Vaccine operations Central Provinces 1900-1911 - 1900-1911
Year: 1900
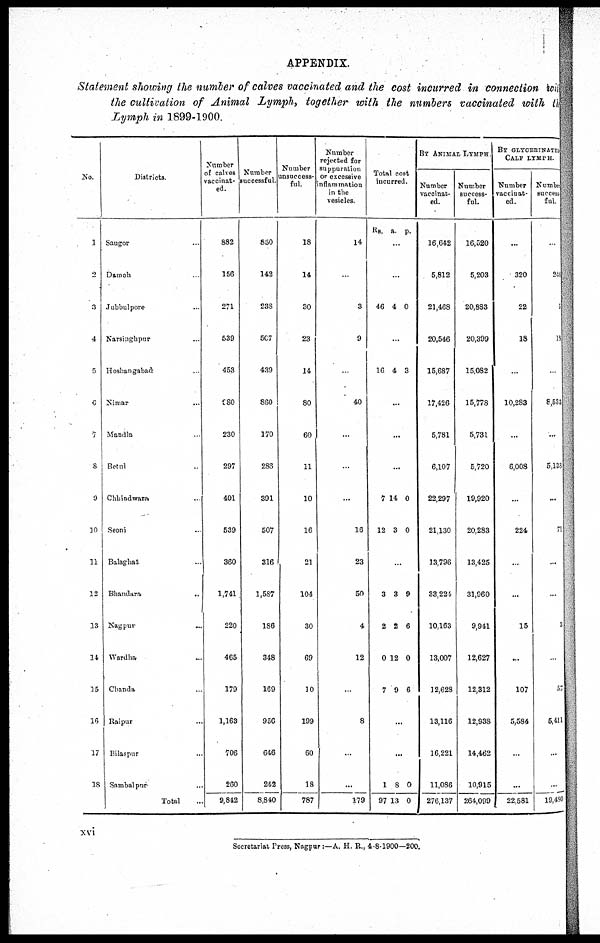
APPENDIX.
Statement showing the number of calves vaccinated and the cost incurred in connection with
the cultivation of Animal Lymph, together with the numbers vaccinated with the
Lymph in 1899-1900.
No.
1
2
3
4
5
6
7
8
9
10
11
12
13
14
15
16
17
18
Districts
Sangor .
Damoh .
Jubbulpore .
Narsinghpur ..
Hoshangabad .
Nimar ...
Mandla.
Betul ..
Chhindwara ..
Seoni ..
Balaghat ..
Bhandara
..
Nagpur ..
Wardha ..
Chanda ..
Raipur ...
Bilaspur ...
Sambalpur ..
Total
Number
of calves
vaccinat¬
ed.
882
156
271
539
453
980
230
297
401
539
360
1,741
220
465
179
1,163
706
260
9,842
Number
successful
850
142
238
507
439
860
170
286
391
507
316
1,587
186
348
169
956
646
242
8,840
Number
unsuccess-
ful.
18
14
30
23
14
80
60
11
10
16
21
104
30
69
10
199
60
18
787
Number
rejected for
suppuration
or excessive
inflammation
in the
vesicles.
14
...
3
9
...
40
...
..
...
16
23
50
4
12
...
8
...
...
179
Total cost
incurred.
Rs. a. p.
...
...
46 4 0
...
16 4 3
...
...
...
7
12
14
3
0
0
...
3
2
0
7
3
2
12
9
9
6
0
6
...
...
1
97
8
13
0
0
BY ANIMAL LYMPH
Number
vaccinat-
ed.
16,642
5,812
21,468
20,546
15,687
17,426
5,781
6,107
22,297
21,130
13,796
33,224
10,163
13,007
12,628
13,116
16,221
11,086
276,137
Number
success¬
ful.
16,520
5,203
20,883
20,399
15,082
15,778
5,731
5,720
19,920
20,283
13,425
31,960
9,941
12,627
12,312
12,938
14,462
10,915
264,099
BY GLYCERINATED
CALF LYMPH
Number
vaccinat¬
ed.
Number
success¬
ful
...
320
22
18
...
10,283
...
6,008
...
224
...
...
15
...
107
5,584
..
...
22,581
...
211
5
18
...
8,533
...
5,138
...
71
...
...
3
..
57
5,411
...
...
19,480
xvi
Secretariat Press, Nagpur:—A. H. R., 4-8-1900—200.